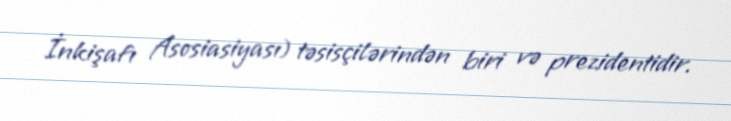
İnkişafı Asosiasiyası) təsisçilərindən biri və prezidentidir.